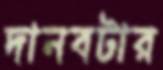
দানবটার